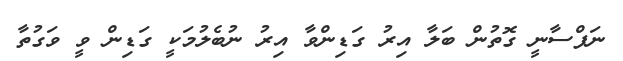
ނަފްސާނީ ގޮތުން ބަލާ އިރު ގަޑިންވާ އިރު ނުބެލުމަކީ ގަޑިން ވީ ވަގުތާ